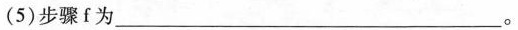
(5)步骤f为______。